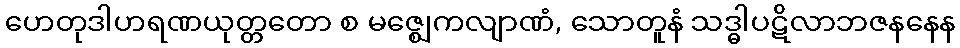
ဟေတုဒါဟရဏယုတ္တတော စ မဇ္ဈေကလျာဏံ, သောတူနံ သဒ္ဓါပဋိလာဘဇနနေန